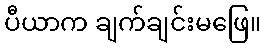
ပီယာက ချက်ချင်းမဖြေ။